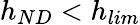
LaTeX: h_{ND}<h_{lim}